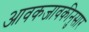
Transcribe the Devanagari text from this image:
आवकजावकीनुसार